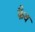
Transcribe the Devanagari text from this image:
फैव